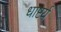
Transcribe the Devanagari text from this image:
धाष्टर्य